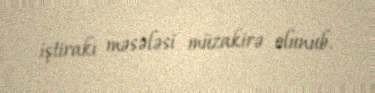
iştirakı məsələsi müzakirə olunub.